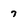
Character: 7